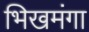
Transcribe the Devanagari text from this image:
भिखमंगा